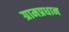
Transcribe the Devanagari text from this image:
ग्रामप्रधान